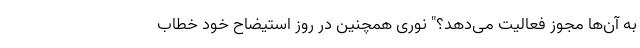
به آن‌ها مجوز فعالیت می‌دهد؟" نوری همچنین در روز استیضاح خود خطاب